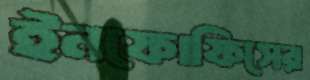
ইনফোফিসের